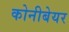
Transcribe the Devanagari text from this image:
कोनीबेयर